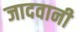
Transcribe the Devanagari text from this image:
जादवानी